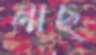
নাছ